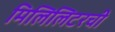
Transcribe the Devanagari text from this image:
मिलिलिटरची